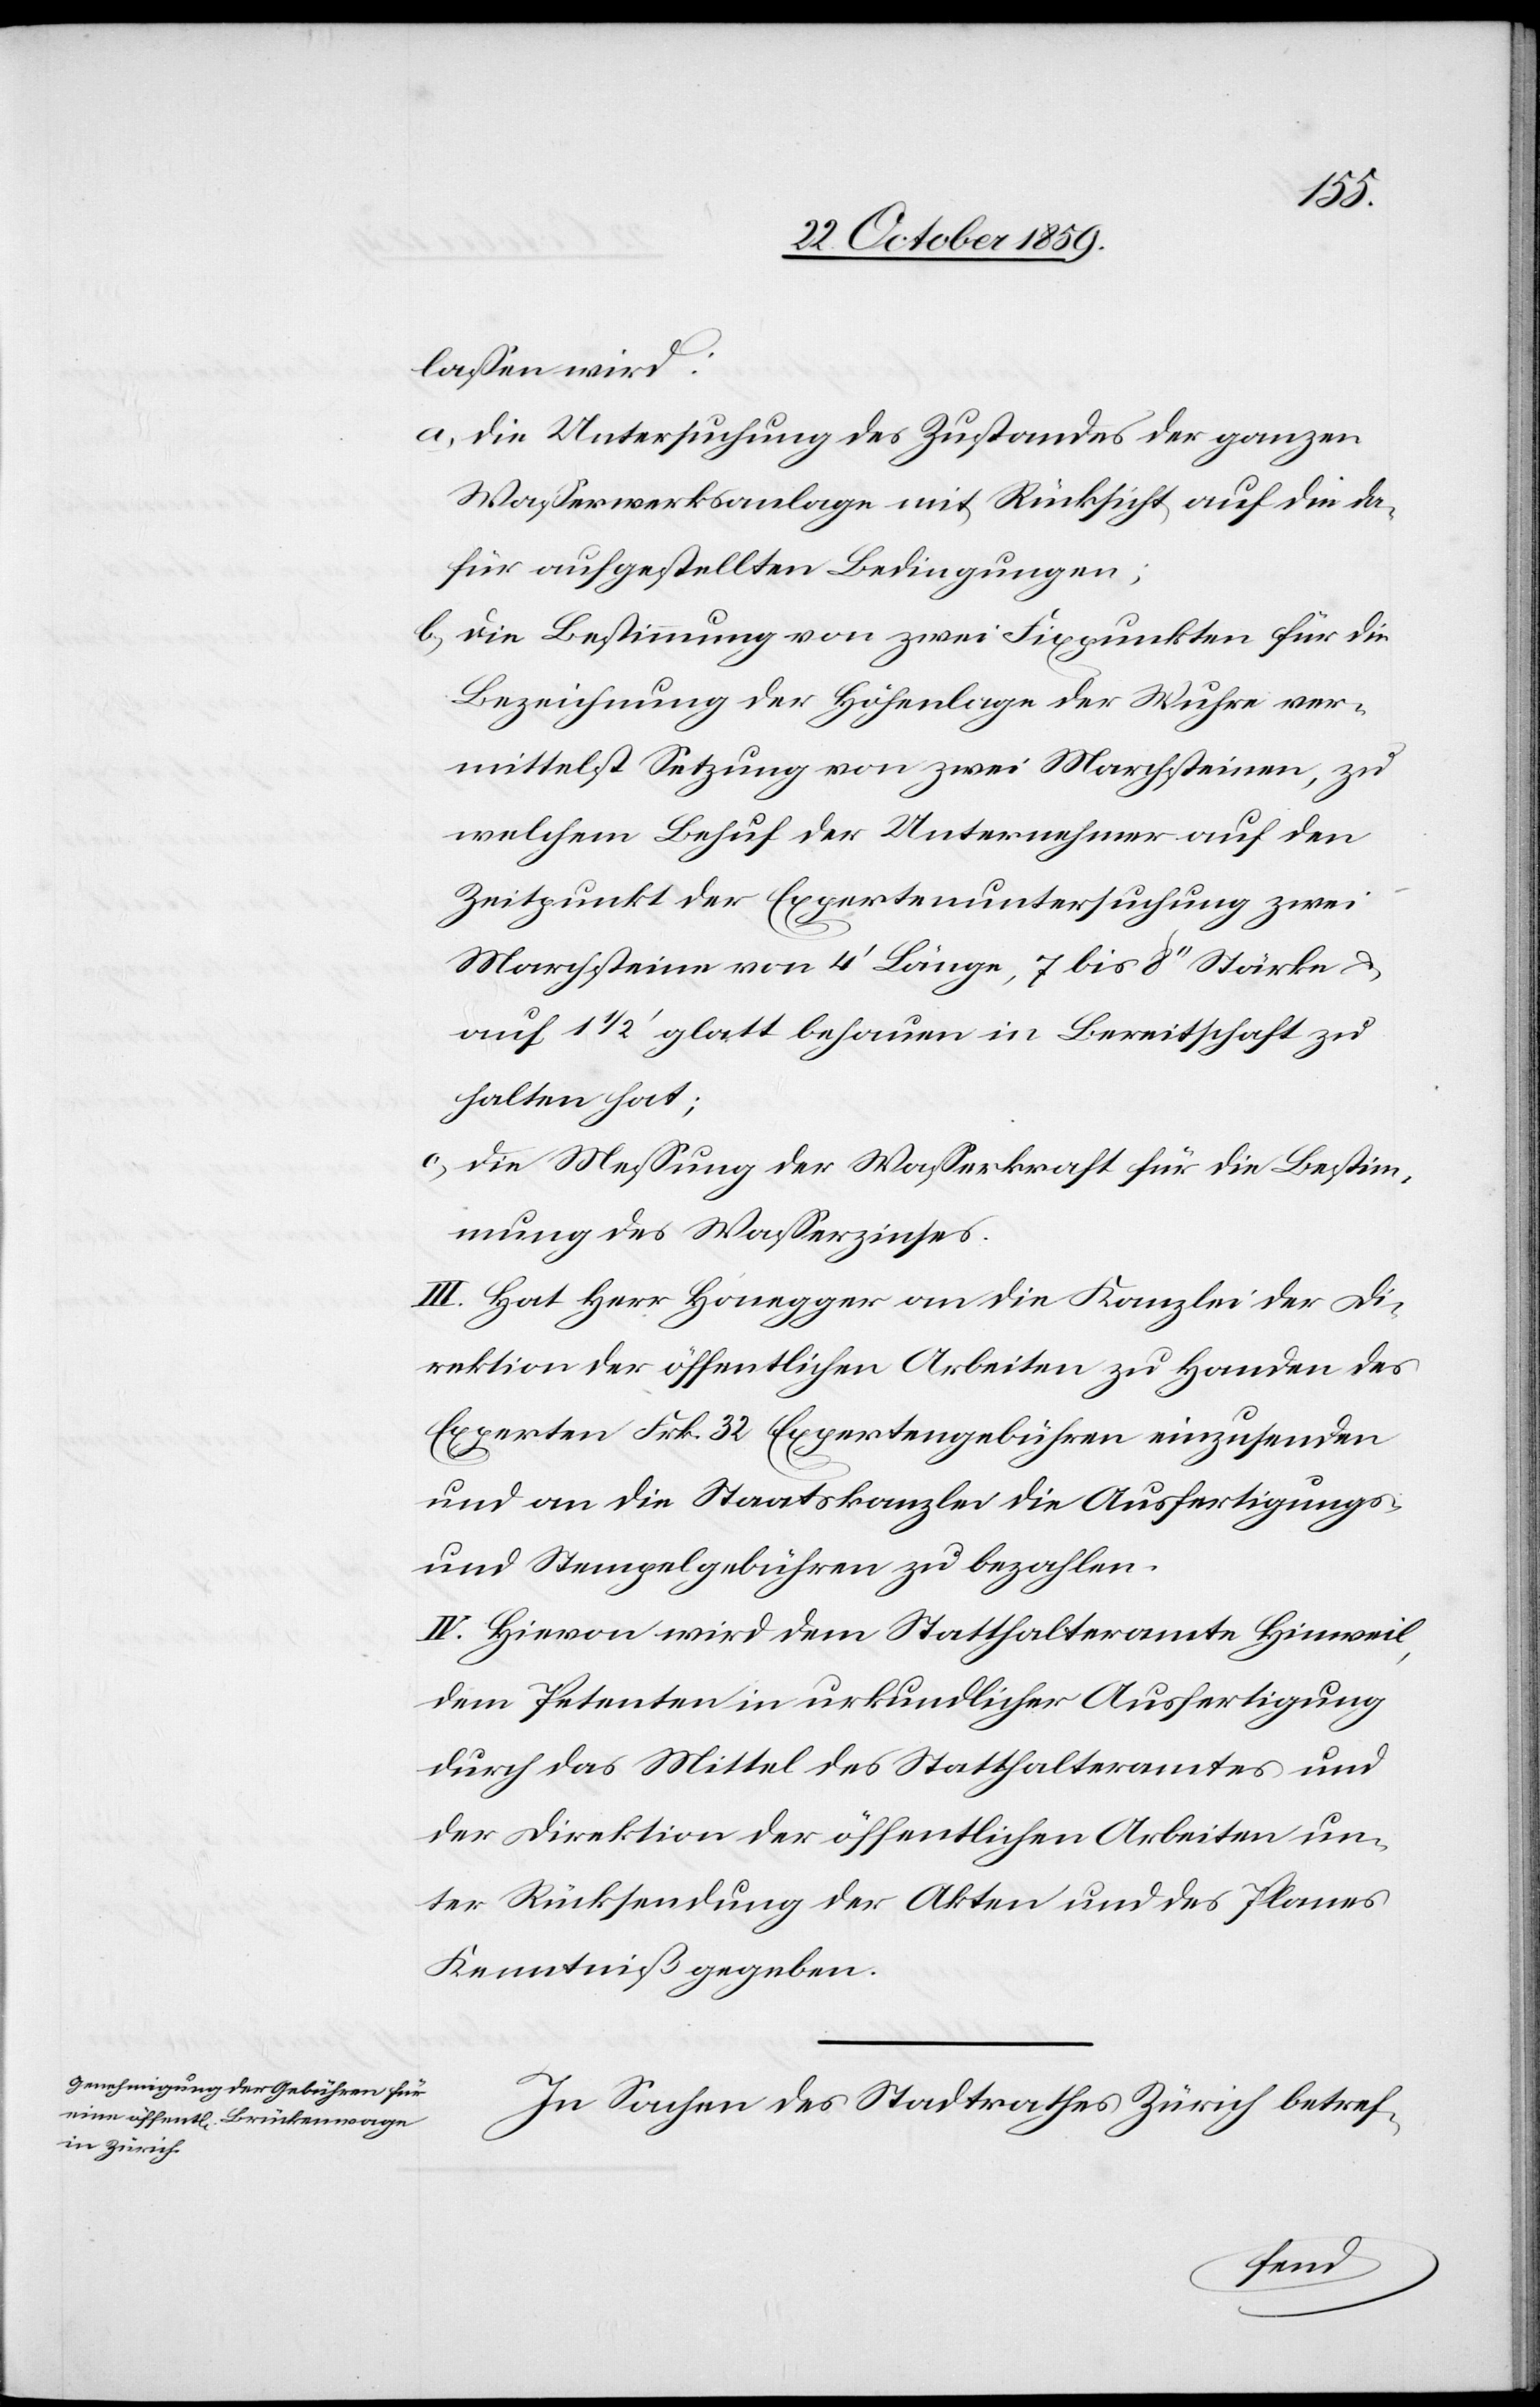
lassen wird:
a) die Untersuchung des Zustandes der ganzen
Wasserwerksanlage mit Rücksicht auf die da¬
für aufgestellten Bedingungen;
b) die Bestimmung von zwei Fixpunkten für die
Bezeichnung der Höhenlage der Wuhre ver¬
mittelst Setzung von zwei Marchsteinen, zu
welchem Behuf der Unternehmer auf den
Zeitpunkt der Expertenuntersuchung zwei
Marchsteine von 4' Länge, 7 bis 8'' Stärke &
auf 1 ½' glatt behauen in Bereitschaft zu
halten hat;
c) die Messung der Wasserkraft für die Bestim¬
mung des Wasserzinses.
III. Hat Herr Honegger an die Kanzlei der Di¬
rektion der öffentlichen Arbeiten zu Handen des
Experten Frk. 32 Expertengebühren einzusenden
und an die Staatskanzlei die Ausfertigungs-
und Stempelgebühren zu bezahlen.
IV. Hievon wird dem Statthalteramte Hinweil,
dem Petenten in urkundlicher Ausfertigung
durch das Mittel des Statthalteramtes und
der Direktion der öffentlichen Arbeiten un¬
ter Rücksendung der Akten und des Planes
Kenntniß gegeben.
In Sachen des Stadtrathes Zürich betref-